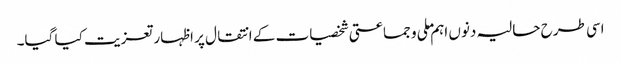
اسی طرح حالیہ دنوں اہم ملی و جماعتی شخصیات کے انتقال پر اظہار تعزیت کیا گیا۔